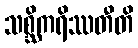
သစ္ဆိကရိဿတီတိ